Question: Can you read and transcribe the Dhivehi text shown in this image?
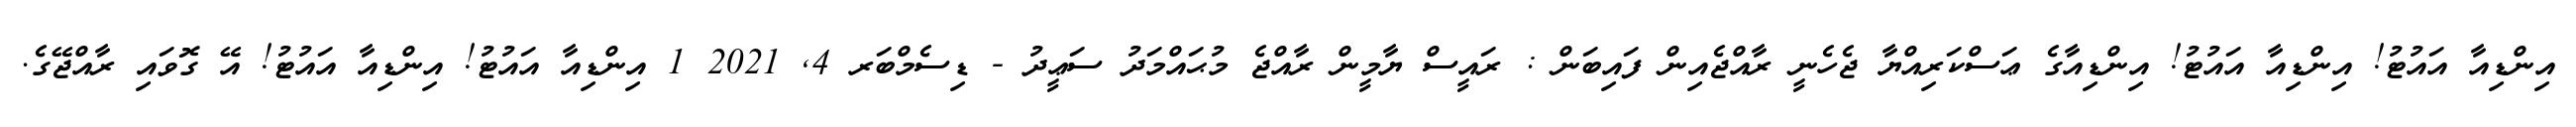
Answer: އިންޑިއާ އައުޓު! އިންޑިއާ އައުޓު! އިންޑިއާގެ ޢަސްކަރިއްޔާ ޖެހެނީ ރާއްޖެއިން ފައިބަން : ރައީސް ޔާމީން ރާއްޖެ މުޙައްމަދު ސަޢީދު - ޑިސެމްބަރ 4, 2021 1 އިންޑިއާ އައުޓު! އިންޑިއާ އައުޓު! އޭ ގޮވައި ރާއްޖޭގެ.